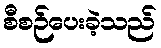
စီစဉ်ပေးခဲ့သည်